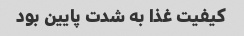
کیفیت غذا به شدت پایین بود